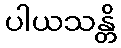
ပါယသန္တိ